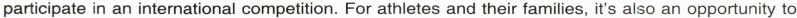
participate in an international competition. For athletes and their families, it's also an opportunity to